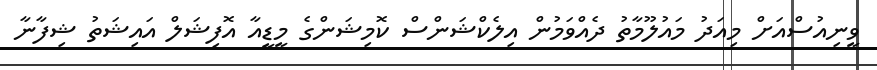
ވީނިއުސްއަށް މިއަދު މައުލޫމާތު ދެއްވަމުން އިލެކްޝަންސް ކޮމިޝަންގެ މީޑީއާ އޮފިޝަލް އައިޝަތު ޝިފާނާ